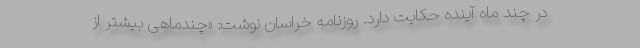
در چند ماه آینده حکایت دارد. روزنامه خراسان نوشت: «چندماهی بیشتر از